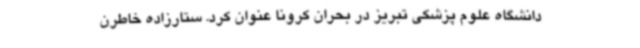
دانشگاه علوم پزشکی تبریز در بحران کرونا عنوان کرد. ستارزاده خاطرن